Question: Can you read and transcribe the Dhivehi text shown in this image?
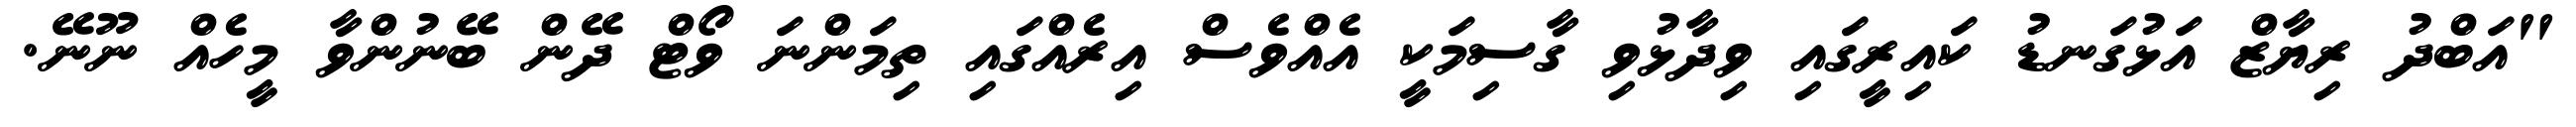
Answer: "އަބްދު ރިޔާޒް އަޅުގަނޑު ކައިރީގައި ވިދާޅުވި ގާސިމަކީ އެއްވެސް އިރެއްގައި ތިމަންނަ ވޯޓް ދޭން ބޭނުންވާ މީހެއް ނޫނޭ.